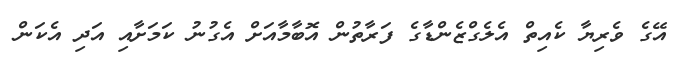
އޭގެ ވެރިޔާ ކެއިތް އެލެގްޒެންޑާގެ ފަރާތުން އޮބާމާއަށް އެގުނު ކަމަށާއި އަދި އެކަން